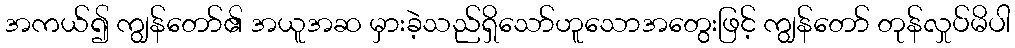
အကယ်၍ ကျွန်တော်၏ အယူအဆ မှားခဲ့သည်ရှိသော်ဟူသောအတွေးဖြင့် ကျွန်တော် တုန်လှုပ်မိပါ